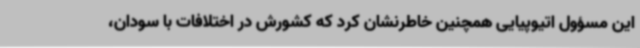
این مسؤول اتیوپیایی همچنین خاطرنشان کرد که کشورش در اختلافات با سودان،